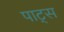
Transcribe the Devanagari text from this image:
पाट्स